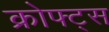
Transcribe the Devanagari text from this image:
क्रोफ्ट्स